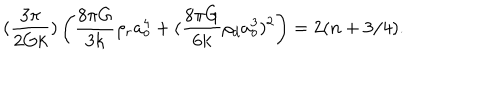
( { \frac { 3 \pi } { 2 G k } } ) \left( { \frac { 8 \pi G } { 3 k } } \rho _ { r } a _ { o } ^ { 4 } + ( { \frac { 8 \pi G } { 6 k } } \rho _ { d } a _ { o } ^ { 3 } ) ^ { 2 } \right) = 2 ( n + 3 / 4 ) .